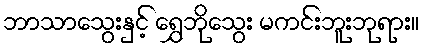
ဘာသာသွေးနှင့် ရွှေဘိုသွေး မကင်းဘူးဘုရား။